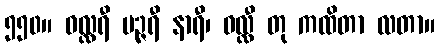
၅၅၀။ ဝလ္လရီ မဉ္ဇရီ နာရီ၊ ဝလ္လီ တု ကထိတာ လတာ။